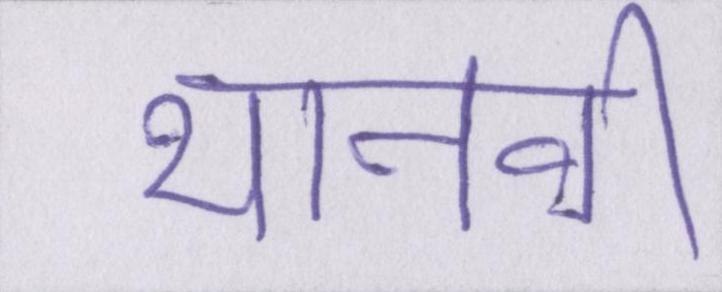
थानवी